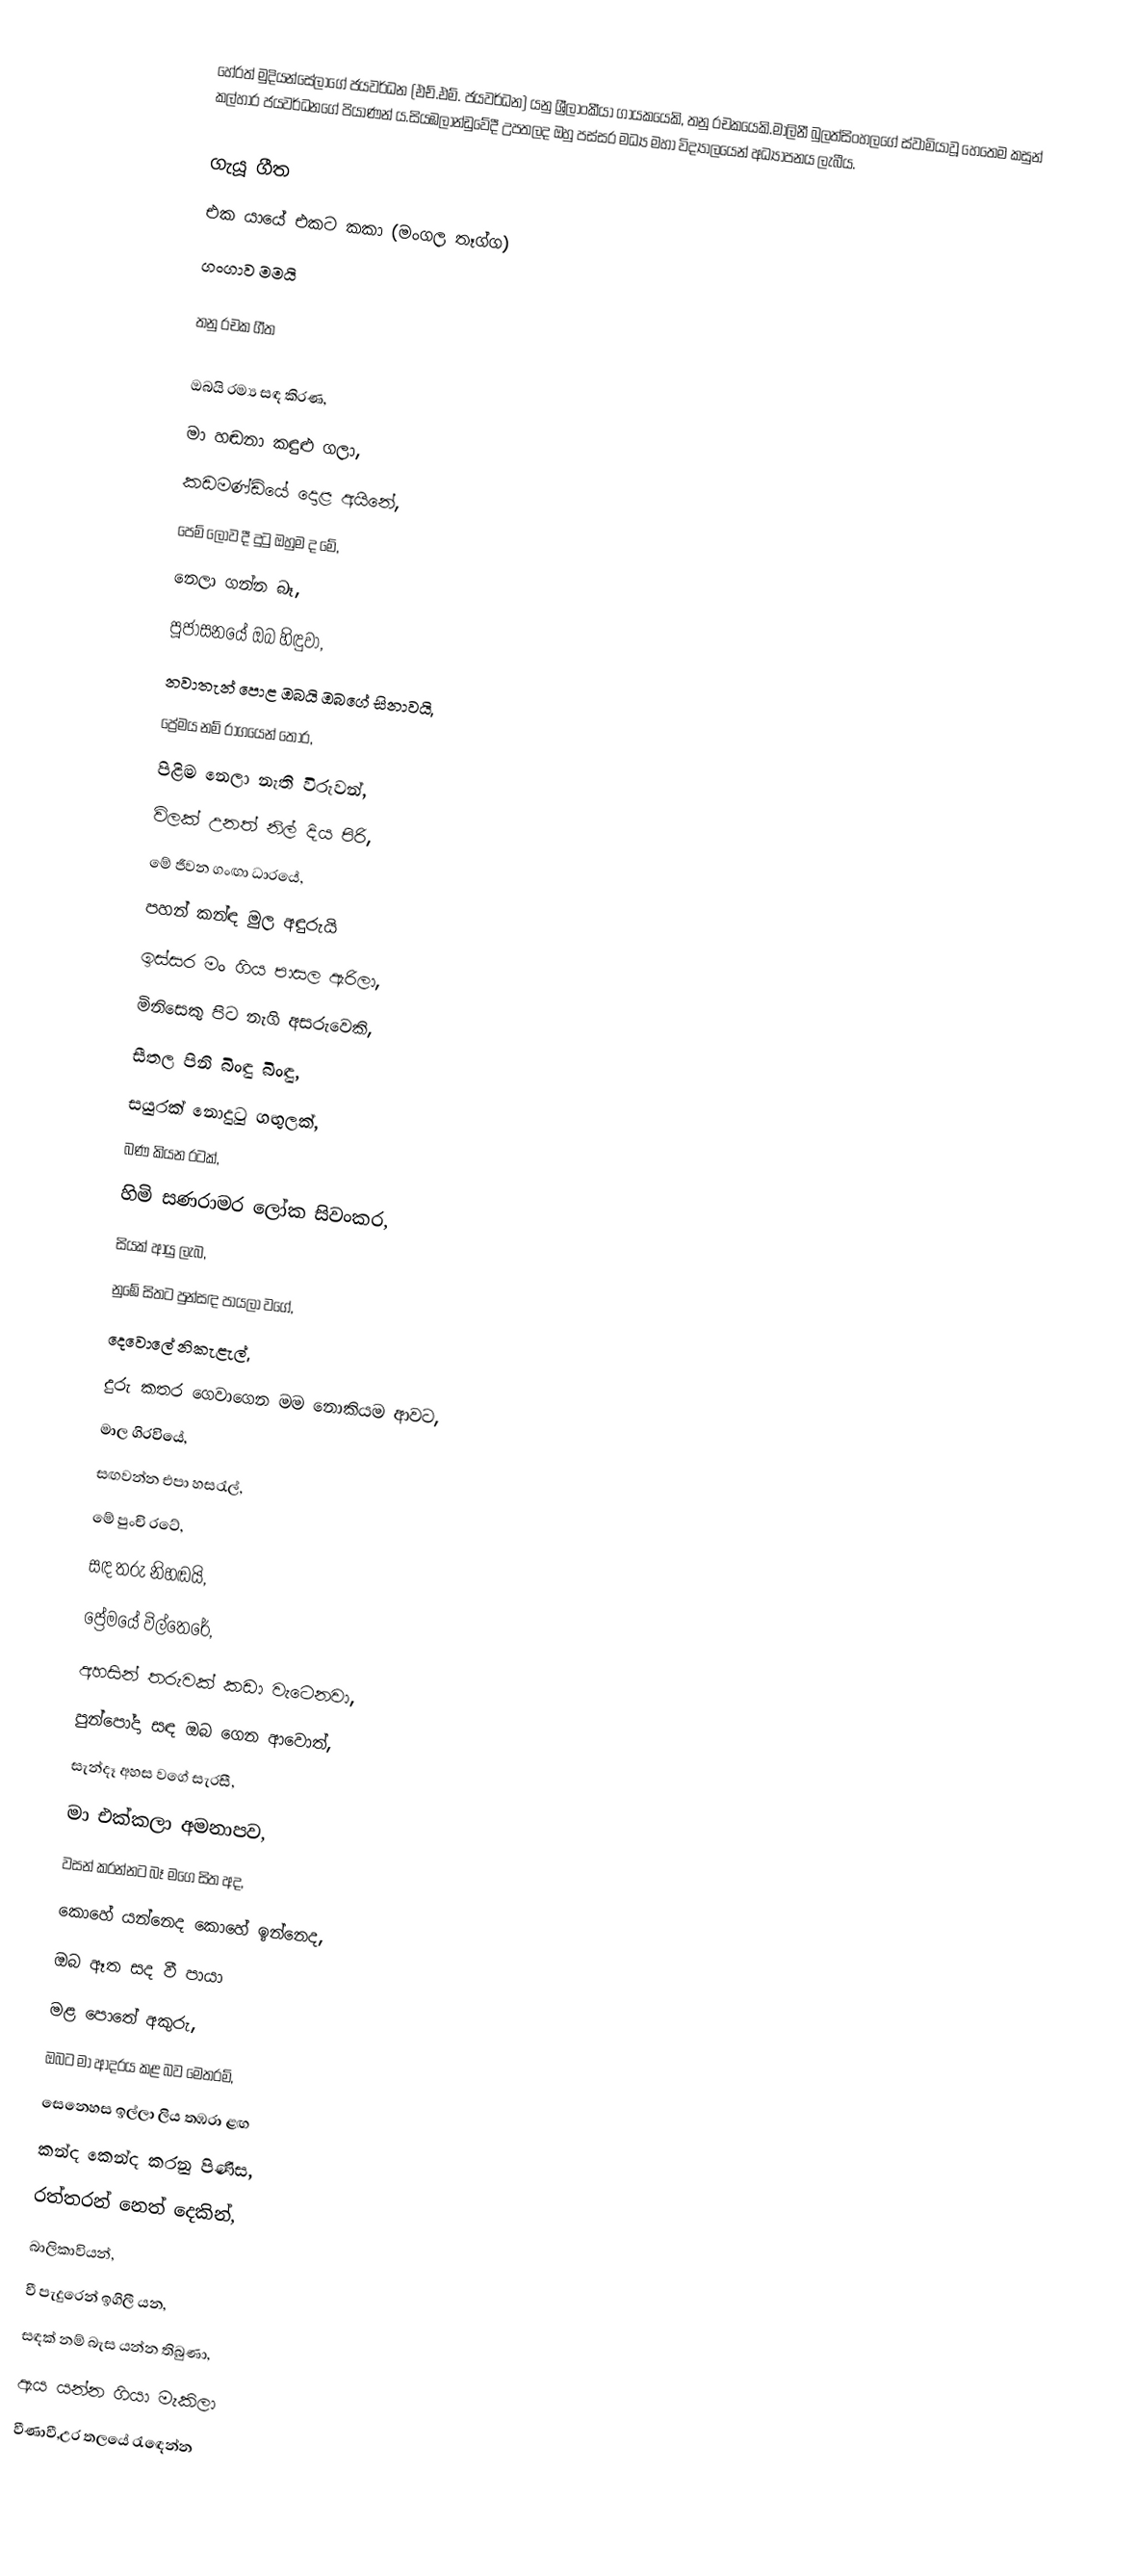
හේරත් මුදියන්සේලාගේ ජයවර්ධන (එච්.එම්. ජයවර්ධන) යනු ශ්‍රීලාංකීයා ගායකයෙකි, තනු රචකයෙකි.මාලිනී බුලත්සිංහලගේ ස්වාමියාවූ හෙතෙම කසුන් කල්හාර ජයවර්ධනගේ පියාණන් ය.සියඹලාන්ඩුවේදී‍‍ උපතලද ඔහු පස්සර මධ්‍ය මහා විද්‍යාලයෙන්‍ අධ්‍යාපනය ලැබීය.

ගැයූ ගීත
 එක යායේ එකට කකා (මංගල තෑග්ග)
 ගංගාව මමයි

තනු රචක ගීත

 ඔබයි රම්‍ය සඳ කිරණ,
 මා හඬනා කඳුළු ගලා,
 කඩමණ්ඩියේ දොළ අයිනේ,
 පෙම් ලොව දී දුටු ඔහුම ද මේ,
 නෙලා ගන්න බෑ,
 පූජාසනයේ ඔබ හිඳුවා,
 නවාතැන් පොළ ඔබයි ඔබගේ සිනාවයි,
 ප්‍රේමය නම් රාගයෙන් තොර,
 පිළිම නෙලා නැති විරුවන්,
 විලක් උනත් නිල් දිය පිරි,
 මේ ජීවන ගංඟා ධාරයේ,
 පහන් කන්ඳ මුල අඳුරුයි
 ඉස්සර මං ගිය පාසල ඇරිලා,
 මිනිසෙකු පිට නැගි අසරුවෙකි,
 සීතල පිනි බිංඳු බිංඳු,
 සයුරක් නොදුටු ගඟුලක්,
 බණ කියන රටක්,
 හිමි සණරාමර ලෝක සිවංකර,
 සියක් ආයු ලැබ,
 නුඹේ සිතට පුන්සඳ පායලා වගේ,
 දෙවොලේ නිකැළැල්,
 දුරු කතර ගෙවාගෙන මම නොකියම ආවට,
 මාල ගිරවියේ,
 සඟවන්න එපා හසරැල්,
 මේ පුංචි රටේ,
 සඳ තරු නිහඬයි,
 ප්‍රේමයේ විල්තෙරේ,
 අහසින් තරුවක් කඩා වැටෙනවා,
 පුන්පෝදා සඳ ඔබ ගෙන ආවොත්,
 සැන්දෑ අහස වගේ සැරසී,
 මා එක්කලා අමනාපව,
 වසන් කරන්නට බෑ මගෙ සිත අද,
 කොහේ යන්නෙද කොහේ ඉන්නෙද,
 ඔබ ඈත සද වී පායා
 මළ පොතේ අකුරු,
 ඔබට මා ආදරය කළ බව මෙතරම්,
 සෙනෙහස ඉල්ලා ලිය තඹරා ළඟ
 කන්ද කෙන්ද කරනු පිණිස,
 රත්තරන් නෙත් දෙකින්,
 බාලිකාවියන්,
 වී පැදුරෙන් ඉගිලී යන,
 සඳක් නම් බැස යන්න තිබුණා,
 ඇය යන්න ගියා මැකිලා
 වීණාවී,උර තලයේ රැඳෙන්න